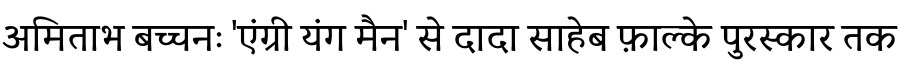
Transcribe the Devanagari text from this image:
अमिताभ बच्चनः 'एंग्री यंग मैन' से दादा साहेब फ़ाल्के पुरस्कार तक